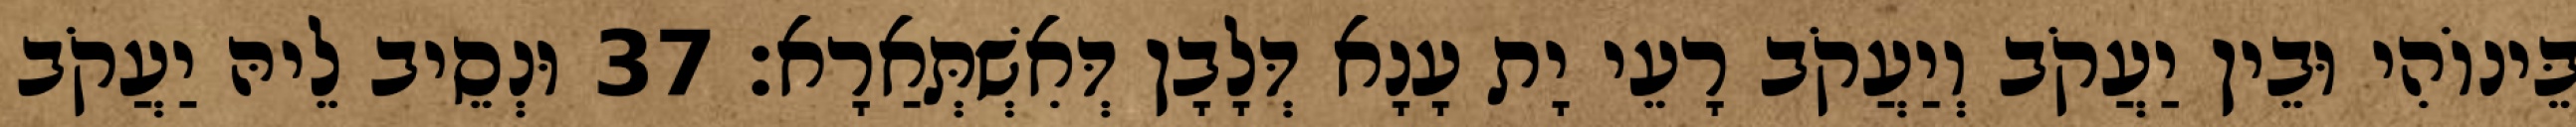
בֵּינוֹהִי וּבֵין יַעֲקֹב וְיַעֲקֹב רָעֵי יָת עָנָא דְּלָבָן דְּאִשְׁתְּאַרָא׃ 37 וּנְסֵיב לֵיהּ יַעֲקֹב